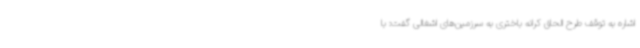
اشاره به توقف طرح الحاق کرانه باختری به سرزمین‌های اشغالی گفت: با